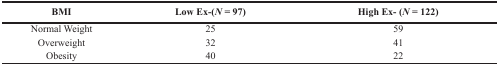
<table><thead><tr><td><b>BMI</b></td><td><b>Low Ex-(<i>N</i> = 97)</b></td><td><b>High Ex- (<i>N</i> = 122)</b></td></tr></thead><tbody><tr><td>Normal Weight</td><td>25</td><td>59</td></tr><tr><td>Overweight</td><td>32</td><td>41</td></tr><tr><td>Obesity</td><td>40</td><td>22</td></tr></tbody></table>